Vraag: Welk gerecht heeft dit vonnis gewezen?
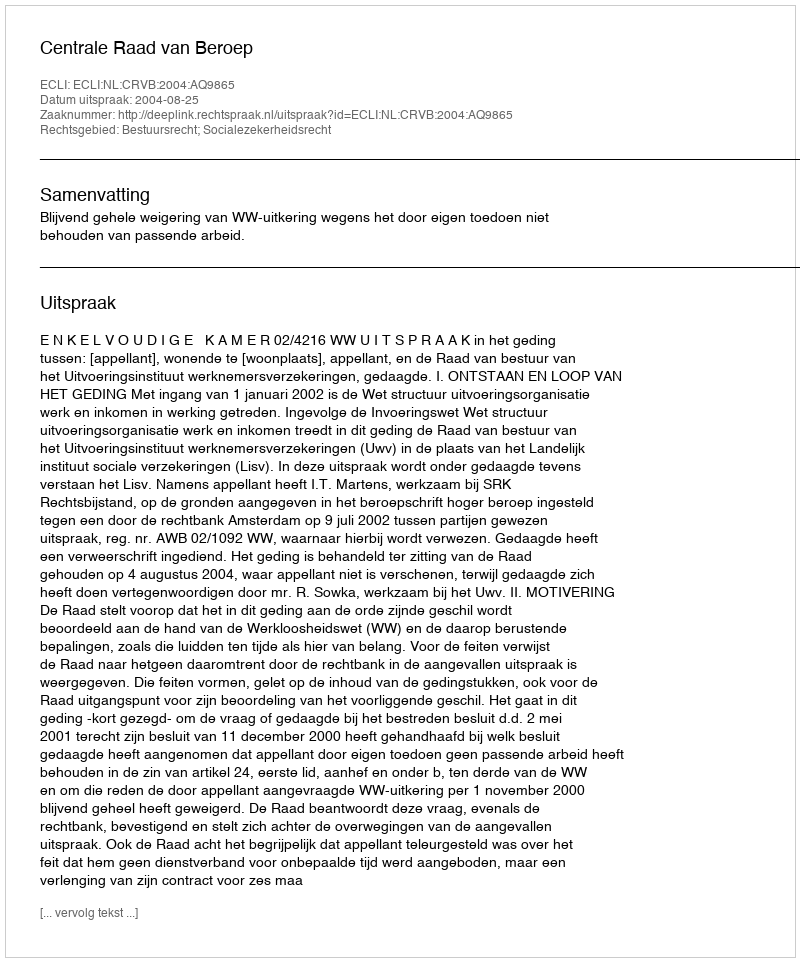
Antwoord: Centrale Raad van Beroep